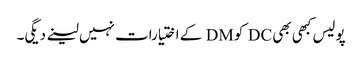
پولیس کبھی بھی DC کو DM کے اختیارات نہیں لینے دیگی۔